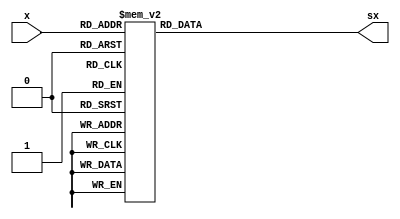
//======================================================================
//
// aes_mask_sbox.v
// ---------------
// Sbox for the AES masking. The Sbox if from the PRINCE low latency
// block cipher, see:
//
// PRINCE  A Low-latency Block Cipher for Pervasive
// Computing Applications
// https://eprint.iacr.org/2012/529.pdf
//
//
// Copyright (c) 2019, Assured AB
// All rights reserved.
//
// Redistribution and use in source and binary forms, with or
// without modification, are permitted provided that the following
// conditions are met:
//
// 1. Redistributions of source code must retain the above copyright
//    notice, this list of conditions and the following disclaimer.
//
// 2. Redistributions in binary form must reproduce the above copyright
//    notice, this list of conditions and the following disclaimer in
//    the documentation and/or other materials provided with the
//    distribution.
//
// THIS SOFTWARE IS PROVIDED BY THE COPYRIGHT HOLDERS AND CONTRIBUTORS
// "AS IS" AND ANY EXPRESS OR IMPLIED WARRANTIES, INCLUDING, BUT NOT
// LIMITED TO, THE IMPLIED WARRANTIES OF MERCHANTABILITY AND FITNESS
// FOR A PARTICULAR PURPOSE ARE DISCLAIMED. IN NO EVENT SHALL THE
// COPYRIGHT OWNER OR CONTRIBUTORS BE LIABLE FOR ANY DIRECT, INDIRECT,
// INCIDENTAL, SPECIAL, EXEMPLARY, OR CONSEQUENTIAL DAMAGES (INCLUDING,
// BUT NOT LIMITED TO, PROCUREMENT OF SUBSTITUTE GOODS OR SERVICES;
// LOSS OF USE, DATA, OR PROFITS; OR BUSINESS INTERRUPTION) HOWEVER
// CAUSED AND ON ANY THEORY OF LIABILITY, WHETHER IN CONTRACT,
// STRICT LIABILITY, OR TORT (INCLUDING NEGLIGENCE OR OTHERWISE)
// ARISING IN ANY WAY OUT OF THE USE OF THIS SOFTWARE, EVEN IF
// ADVISED OF THE POSSIBILITY OF SUCH DAMAGE.
//
//======================================================================

`default_nettype none

module aes_mask_sbox(
                     input wire [3 : 0]  x,
                     output wire [3 : 0] sx
                    );
  reg [3 : 0] tsx;
  assign sx = tsx;

  //----------------------------------------------------------------
  // sbox
  //----------------------------------------------------------------
  always @*
    begin : sbox
      case(x)
        4'h0 : tsx = 4'hb;
        4'h1 : tsx = 4'hf;
        4'h2 : tsx = 4'h3;
        4'h3 : tsx = 4'h2;
        4'h4 : tsx = 4'ha;
        4'h5 : tsx = 4'hc;
        4'h6 : tsx = 4'h9;
        4'h7 : tsx = 4'h1;
        4'h8 : tsx = 4'h6;
        4'h9 : tsx = 4'h7;
        4'ha : tsx = 4'h8;
        4'hb : tsx = 4'h0;
        4'hc : tsx = 4'he;
        4'hd : tsx = 4'h5;
        4'he : tsx = 4'hd;
        4'hf : tsx = 4'h4;
      endcase // case (x)
    end

endmodule // aes_mask_sbox

//======================================================================
// EOF aes_mask_sbox.v
//======================================================================